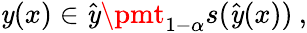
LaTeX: \mathit{y}(x)\in\hat{{\mathit{y}}}\pmt_{1-\alpha}s(\hat{{\mathit{y}}}(x))\: ,